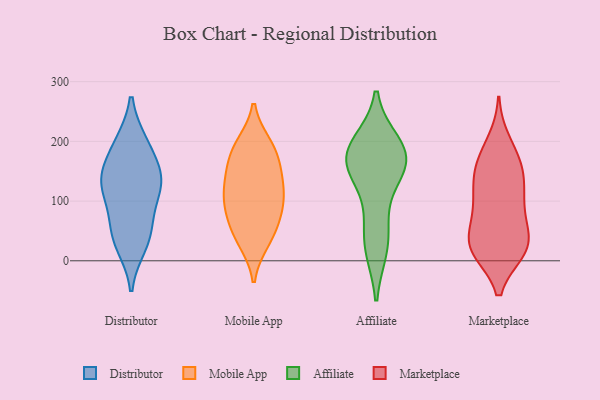
{"axis": {"x": "Population (Million)", "y": "Value"}, "legend": ["Affiliate", "Distributor", "Marketplace", "Mobile App"], "data": [{"x": "", "y": 49, "type": "Distributor"}, {"x": "", "y": 28, "type": "Distributor"}, {"x": "", "y": 101, "type": "Distributor"}, {"x": "", "y": 194, "type": "Distributor"}, {"x": "", "y": 139, "type": "Distributor"}, {"x": "", "y": 142, "type": "Distributor"}, {"x": "", "y": 126, "type": "Distributor"}, {"x": "", "y": 47, "type": "Distributor"}, {"x": "", "y": 135, "type": "Distributor"}, {"x": "", "y": 195, "type": "Distributor"}, {"x": "", "y": 122, "type": "Mobile App"}, {"x": "", "y": 53, "type": "Mobile App"}, {"x": "", "y": 159, "type": "Mobile App"}, {"x": "", "y": 195, "type": "Mobile App"}, {"x": "", "y": 32, "type": "Mobile App"}, {"x": "", "y": 87, "type": "Mobile App"}, {"x": "", "y": 71, "type": "Mobile App"}, {"x": "", "y": 184, "type": "Mobile App"}, {"x": "", "y": 194, "type": "Mobile App"}, {"x": "", "y": 89, "type": "Mobile App"}, {"x": "", "y": 35, "type": "Mobile App"}, {"x": "", "y": 116, "type": "Mobile App"}, {"x": "", "y": 136, "type": "Mobile App"}, {"x": "", "y": 158, "type": "Mobile App"}, {"x": "", "y": 107, "type": "Mobile App"}, {"x": "", "y": 151, "type": "Affiliate"}, {"x": "", "y": 22, "type": "Affiliate"}, {"x": "", "y": 167, "type": "Affiliate"}, {"x": "", "y": 195, "type": "Affiliate"}, {"x": "", "y": 26, "type": "Affiliate"}, {"x": "", "y": 154, "type": "Affiliate"}, {"x": "", "y": 189, "type": "Affiliate"}, {"x": "", "y": 176, "type": "Affiliate"}, {"x": "", "y": 75, "type": "Affiliate"}, {"x": "", "y": 171, "type": "Affiliate"}, {"x": "", "y": 17, "type": "Marketplace"}, {"x": "", "y": 80, "type": "Marketplace"}, {"x": "", "y": 23, "type": "Marketplace"}, {"x": "", "y": 126, "type": "Marketplace"}, {"x": "", "y": 99, "type": "Marketplace"}, {"x": "", "y": 18, "type": "Marketplace"}, {"x": "", "y": 178, "type": "Marketplace"}, {"x": "", "y": 21, "type": "Marketplace"}, {"x": "", "y": 138, "type": "Marketplace"}, {"x": "", "y": 18, "type": "Marketplace"}, {"x": "", "y": 66, "type": "Marketplace"}, {"x": "", "y": 134, "type": "Marketplace"}, {"x": "", "y": 41, "type": "Marketplace"}, {"x": "", "y": 28, "type": "Marketplace"}, {"x": "", "y": 200, "type": "Marketplace"}, {"x": "", "y": 93, "type": "Marketplace"}, {"x": "", "y": 165, "type": "Marketplace"}, {"x": "", "y": 158, "type": "Marketplace"}]}